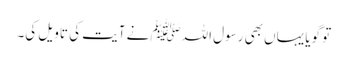
تو گویا یہاں بھی رسول اللہﷺ نے آیت کی تاویل کی۔